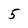
Character: 5